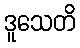
ဒူသေတိ